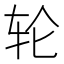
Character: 轮